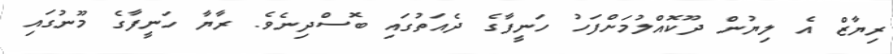
ރިޔާޒް އެ ލިޔުން ދޫކޮއްލުމަށްފަހު ހަނީފާގެ ދެއަތުގައި ބޮސްދިނެވެ. ރާޔާ ހަނީފާގެ މޫނުގައި